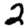
Digit: 2